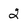
Character: 2